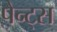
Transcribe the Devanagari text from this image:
पैन्ट्स